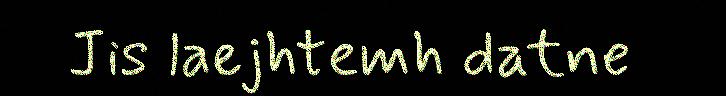
Jis laejhtemh datne